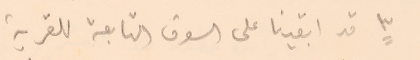
٣ قد ابقينا على السوق التابعة للقرية